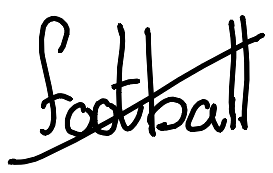
Text: football
Cross-out: diagonal
Writing tool: digital_black